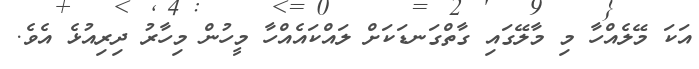
އަކަ މޭލެއްހާ މި މާލޭގައި ގާތްގަނޑަކަށް ލައްކައެއްހާ މީހުން މިހާރު ދިރިއުޅެ އެވެ.